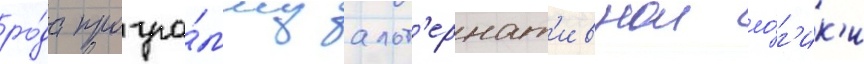
ро́да програ́мму альт'ернат'ивнои ло́г'ик'и